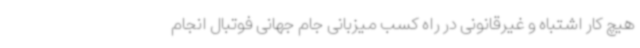
هیچ کار اشتباه و غیرقانونی در راه کسب میزبانی جام جهانی فوتبال انجام